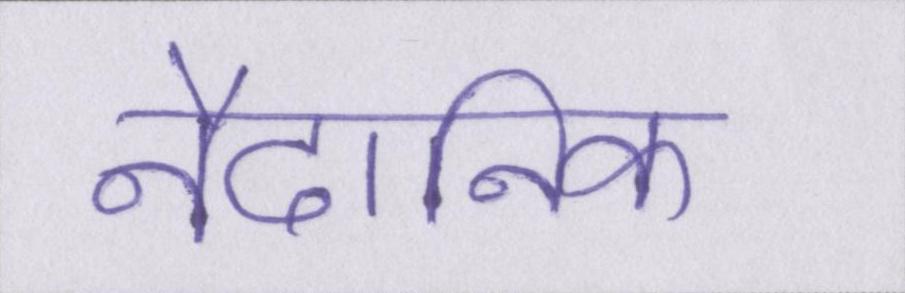
नैदानिक